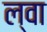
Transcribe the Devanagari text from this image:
ल्वा